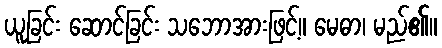
ယူခြင်း ဆောင်ခြင်း သဘောအားဖြင့်။ မေဓာ၊ မည်၏။